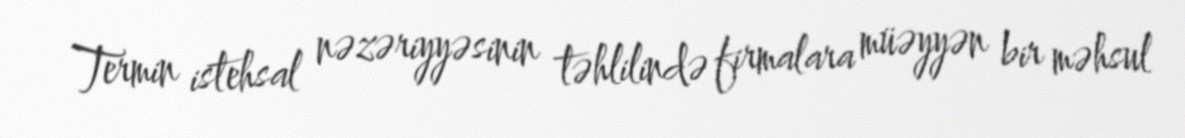
Termin istehsal nəzəriyyəsinin təhlilində firmalara müəyyən bir məhsul